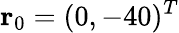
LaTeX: \mathbf{r}_{0}=(0,-40)^{T}